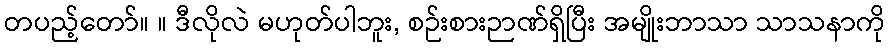
တပည့်တော်။ ။ ဒီလိုလဲ မဟုတ်ပါဘူး, စဉ်းစားဉာဏ်ရှိပြီး အမျိုးဘာသာ သာသနာကို